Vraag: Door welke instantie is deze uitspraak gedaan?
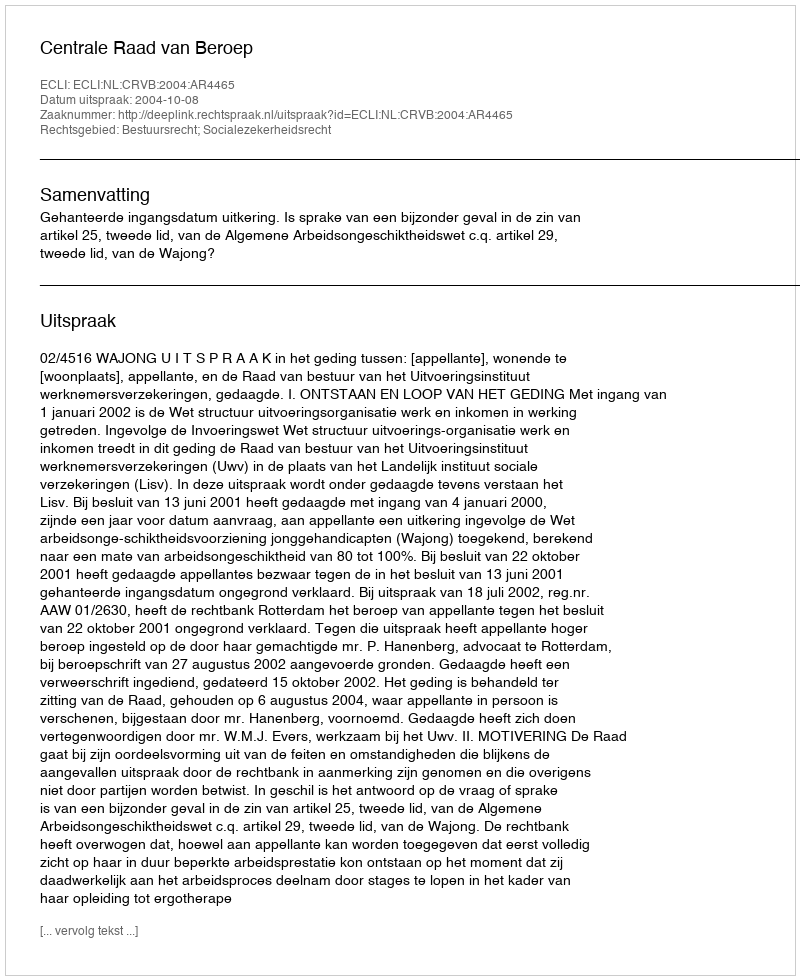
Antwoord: Centrale Raad van Beroep